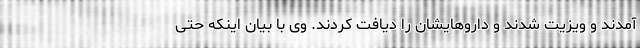
آمدند و ویزیت شدند و داروهایشان را دیافت کردند. وی با بیان اینکه حتی